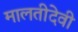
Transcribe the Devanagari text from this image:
मालतीदेवी